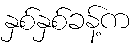
နှစ်နှစ်ခန့်က